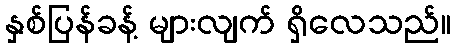
နှစ်ပြန်ခန့် များလျက် ရှိလေသည်။